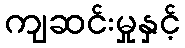
ကျဆင်းမှုနှင့်